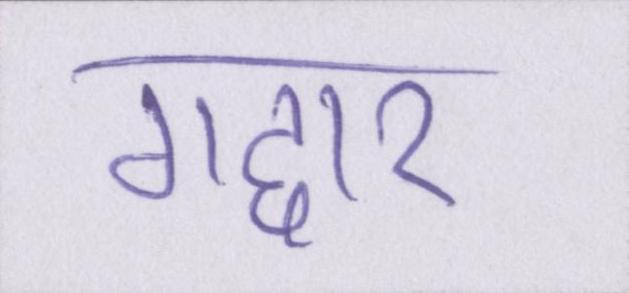
गद्दार